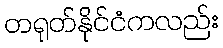
တရုတ်နိုင်ငံကလည်း